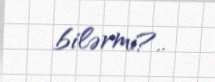
bilərmi?..